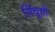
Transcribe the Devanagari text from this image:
सिंधूची